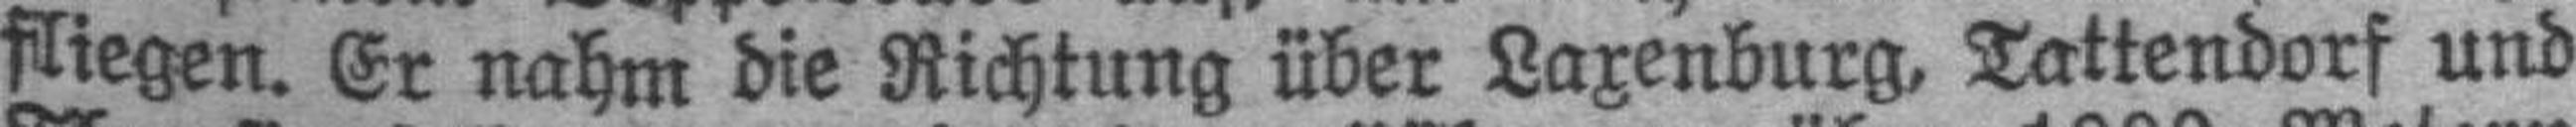
fliegen. Er nahm die Richtung über Laxenburg, Tattendorf und